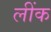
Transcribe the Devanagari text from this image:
लींक